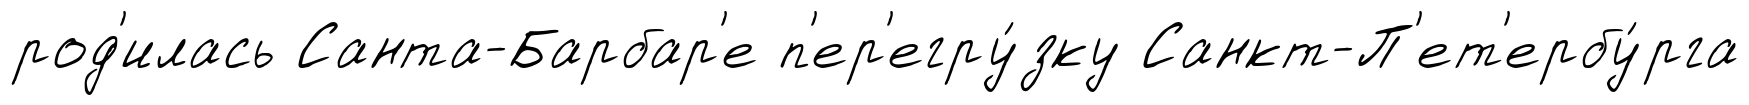
род'илась Санта-Барбар'е п'ер'егру́зку Санкт-П'ет'ербу́рга